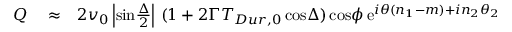
\begin{array} { r l r } { Q } & { { } \approx } & { 2 v _ { 0 } \left| \mathrm { s i n } { \frac { \Delta } { 2 } } \right| \, ( 1 + 2 \Gamma T _ { D u r , 0 } \, \mathrm { c o s } \Delta ) \, \mathrm { c o s } \phi \, \mathrm { e } ^ { i \theta ( n _ { 1 } - m ) + i n _ { 2 } \theta _ { 2 } } } \end{array}